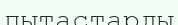
пытастарды